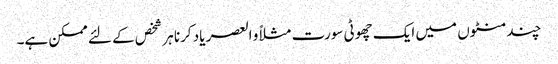
چند منٹوں میں ایک چھوٹی سورت مثلاً و العصر یاد کرنا ہر شخص کے لئے ممکن ہے۔